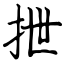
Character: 抴